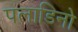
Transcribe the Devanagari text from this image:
पलाडिनो